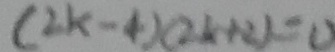
( 2 k - 4 ) ( 2 k + 2 ) = 0